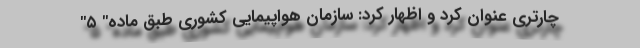
چارتری عنوان کرد و اظهار کرد: سازمان هواپیمایی کشوری طبق ماده" ۵"